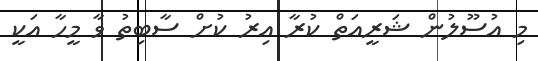
މި އުސޫލުން ޝަރީއަތް ކުރާ އިރު ކުށް ސާބިތު ވާ މީހާ އަކީ